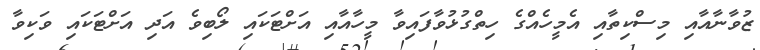
ޒުވާނާއާއި މިސްކިތާއި އެމީހެއްގެ ހިތްގުޅުވާފައިވާ މީހާއާއި އަށްޓަކައި ލޯބިވެ އަދި އަށްޓަކައި ވަކިވާ